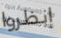
إنظروا